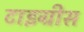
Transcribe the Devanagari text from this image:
टाइग्रीस